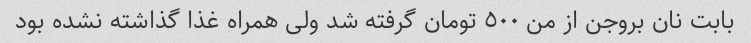
بابت نان بروجن از من ٥٠٠ تومان گرفته شد ولی همراه غذا گذاشته نشده بود